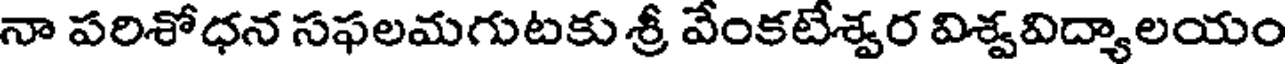
నా పరిశోధన సఫలమగుటకు శ్రీ వేంకటేశ్వర విశ్వవిద్యాలయం